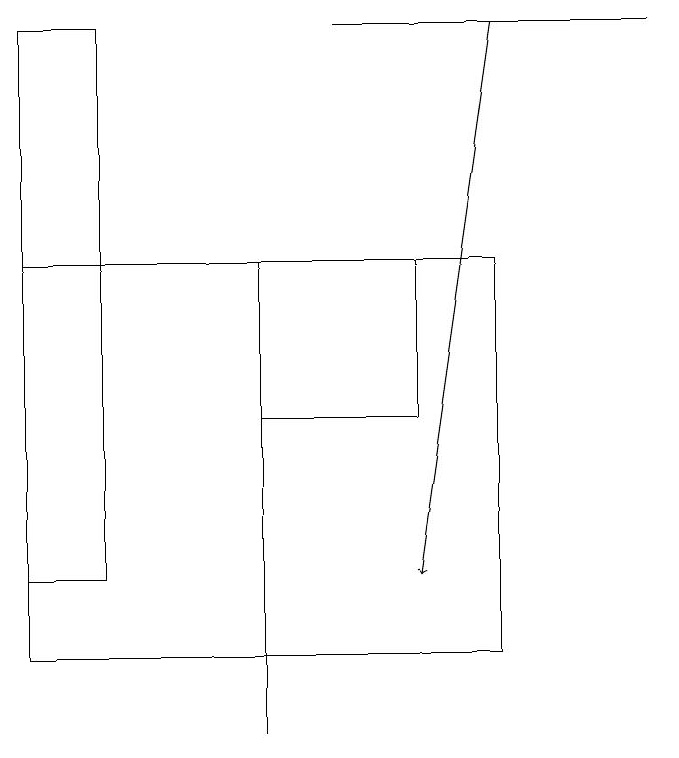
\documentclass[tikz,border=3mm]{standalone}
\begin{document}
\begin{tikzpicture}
\draw (0,19) rectangle (1,12);
\draw (8,19) rectangle (4,19);
\draw (3,15) rectangle (3,10);
\draw[->] (6,19) -- (5,12);
\draw (5,14) rectangle (3,16);
\draw (0,11) rectangle (6,16);
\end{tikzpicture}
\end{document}